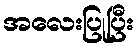
အလေးပြုပြီး